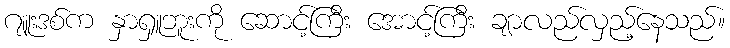
ဂျူးဒစ်က နှာရှူဘူးကို ဆောင့်ကြီး အောင့်ကြီး ချာလည်လှည့်နေသည်။